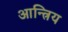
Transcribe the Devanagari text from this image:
आन्त्रिय